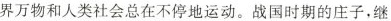
界万物和人类社会总在不停地运动。战国时期的庄子，继